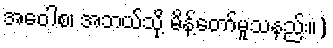
အဝေါစ၊ အဘယ်သို့ မိန့်တော်မူသနည်း။)